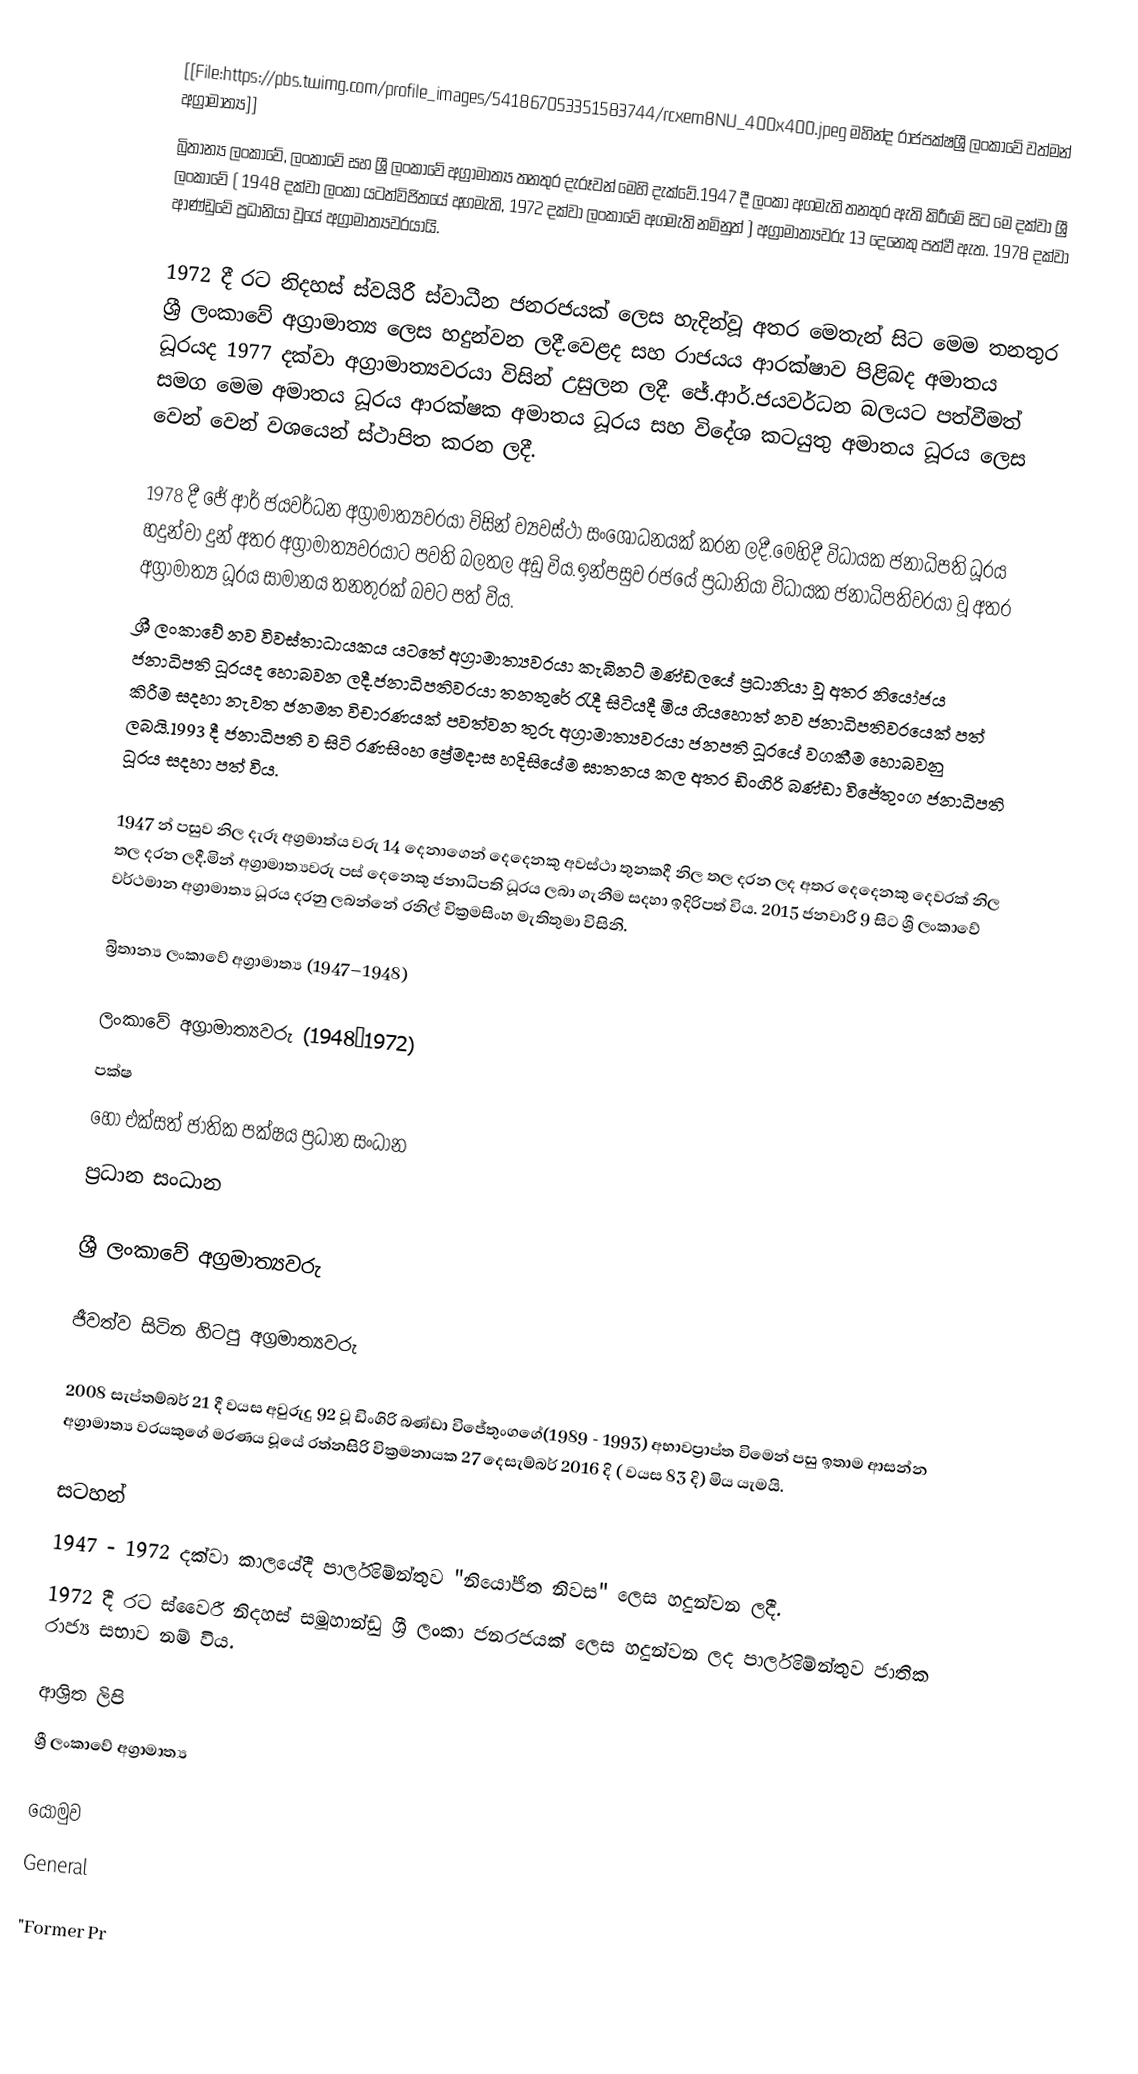
[[File:https://pbs.twimg.com/profile_images/541867053351583744/rcxem8NU_400x400.jpeg මහින්ද රාජපක්ෂශ්‍රී ලංකාවේ වත්මන් අග්‍රාමාත්‍ය]]
බ්‍රිතාන්‍ය ලංකාවේ, ලංකාවේ සහ ශ්‍රී ලංකාවේ අග්‍රාමාත්‍ය තනතුර දැරූවන් මෙහි දැක්වේ.1947 දී ලංකා අගමැති තනතුර ඇති කිරීමේ සිට මෙ දක්වා ශ්‍රී ලංකාවේ ( 1948 දක්වා ලංකා යටත්විජිතයේ අගමැති, 1972 දක්වා ලංකාවේ අගමැති නමිනුත් ) අග්‍රාමාත්‍යවරු 13 දෙනෙකු පත්වී ඇත. 1978 දක්වා ආණ්ඩුවේ ප්‍රධානියා වූයේ අග්‍රාමාත්‍යවරයායි.

1972 දී රට නිදහස් ස්වයිරී ස්වාධීන ජනරජයක් ලෙස හැදින්වූ අතර මෙතැන් සිට මෙම තනතුර ශ්‍රී ලංකාවේ අග්‍රාමාත්‍ය ලෙස හදුන්වන ලදී.වෙළද සහ රාජයය ආරක්ෂාව පිළිබද අමාතය ධූරයද 1977 දක්වා අග්‍රාමාත්‍යවරයා විසින් උසුලන ලදී. ජේ.ආර්.ජයවර්ධන බලයට පත්වීමත් සමග මෙම අමාතය ධූරය ආරක්ෂක අමාතය ධූරය සහ විදේශ කටයුතු අමාතය ධූරය ලෙස වෙන් වෙන් වශයෙන් ස්ථාපිත කරන ලදී.

1978 දී ජේ ආර් ජයවර්ධන අග්‍රාමාත්‍යවරයා විසින් ව්‍යවස්ථා සංශෝධනයක් කරන ලදී.මෙහිදී විධායක ජනාධිපති ධූරය හදුන්වා දුන් අතර අග්‍රාමාත්‍යවරයාට පවති බලතල අඩු විය.ඉන්පසුව රජයේ ප්‍රධානියා විධායක ජනාධිපතිවරයා වූ අතර අග්‍රාමාත්‍ය ධූරය සාමානය තනතුරක් බවට පත් විය.
ශ්‍රී ලංකාවේ නව විවස්තාධායකය යටතේ අග්‍රාමාත්‍යවරයා කැබිනට් මණ්ඩලයේ ප්‍රධානියා වූ අතර නියෝජය ජනාධිපති ධූරයද හොබවන ලදී.ජනාධිපතිවරයා තනතුරේ ‍රැදී සිටියදී මිය ගියහොත් නව ජනාධිපතිවරයෙක් පත් කිරීම සදහා නැවත ජනමත විචාරණයක් පවත්වන තුරු අග්‍රාමාත්‍යවරයා ජනපති ධූරයේ වගකීම හොබවනු ලබයි.1993 දී ජනාධිපති ව සිටි රණසිංහ ප්‍රේමදාස හදිසියේම ඝාතනය කල අතර ඩිංගිරි බණ්ඩා විජේතුංග ජනාධිපති ධූරය සදහා පත් විය.

1947 න් පසුව නිල දැරූ අග්‍රමාත්ය වරු 14 දෙනාගෙන් දෙදෙනකු අවස්ථා තුනකදී නිල තල දරන ලද අතර දෙදෙනකු දෙවරක් නිල තල දරන ලදී.මින් අග්‍රාමාත්‍යවරු පස් දෙනෙකු ජනාධිපති ධූරය ලබා ගැනීම සදහා ඉදිරිපත් විය. 2015 ජනවාරි 9 සිට ශ්‍රී ලංකාවේ වර්ථමාන අග්‍රාමාත්‍ය ධූරය දරනු ලබන්නේ රනිල් වික්‍රමසිංහ මැතිතුමා විසිනි.

බ්‍රිතාන්‍ය ලංකාවේ අග්‍රාමාත්‍ය (1947–1948)

ලංකාවේ අග්‍රාමාත්‍යවරු (1948–1972)
පක්ෂ
 හෝ එක්සත් ජාතික පක්ෂය ප්‍රධාන සංධාන
 ප්‍රධාන සංධාන

ශ්‍රී ලංකාවේ අග්‍රමාත්‍යවරු

ජීවත්ව සිටින හිටපු අග්‍රමාත්‍යවරු

2008 සැප්තම්බර් 21 දී වයස අවුරුදු 92 වූ ඩිංගිරි බණ්ඩා විජේතුංගගේ(1989 - 1993) අභාවප්‍රාප්ත විමෙන් පසු ඉතාම ආසන්න අග්‍රාමාත්‍ය වරයකුගේ මරණය වූයේ රත්නසිරි වික්‍රමනායක 27 දෙසැම්බර් 2016 දි ( වයස 83 දි) මිය යැමයි.

සටහන්
 1947 - 1972 දක්වා කාලයේදී පාර්ලිමේන්තුව "නියෝජිත නිවස" ලෙස හදුන්වන ලදී.
 1972 දී රට ස්වෛරී නිදහස් සමූහාන්ඩු ශ්‍රී ලංකා ජනරජයක් ලෙස හදුන්වන ලද පාර්ලිමේන්තුව ජාතික රාජ්‍ය සභාව නම් විය.

ආශ්‍රිත ලිපි
 ශ්‍රී ලංකාවේ අග්‍රාමාත්‍ය

යොමුව
General

 "Former Pr